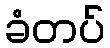
ခံတပ်